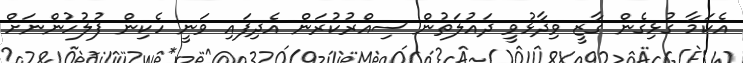
އެކަމާ ގުޅިގެން ގާޒީ ވިދާޅުވީ ދައުލަތުން ސިއްރުކުރަން އެދިފައި ވަނީ ހެކިން ފުލުހުންނަށް